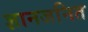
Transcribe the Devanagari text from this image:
ज्ञानजनित